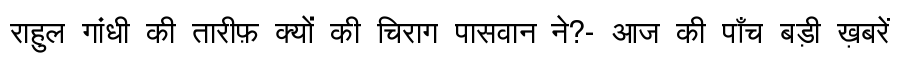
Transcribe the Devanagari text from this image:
राहुल गांधी की तारीफ़ क्यों की चिराग पासवान ने?- आज की पाँच बड़ी ख़बरें